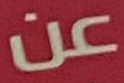
عن